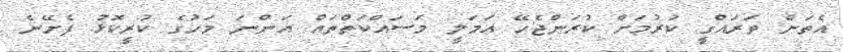
އެތަން ތަރައްގީ ކުރުމަށް ކުރަންޖެހޭ އަމަލީ މަސައްކަތްތައް އަންނަ މަހުގެ ކުރީކޮޅު ފެށޭނެ